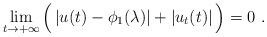
LaTeX: \begin{align*}\lim_{t \to +\infty} \Big( \left\vert u(t) - \phi_{1}(\lambda) \right\vert + \left\vert u_{t}(t) \right\vert \Big) = 0\ .\end{align*}